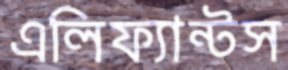
এলিফ্যান্টস